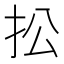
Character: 𢪌